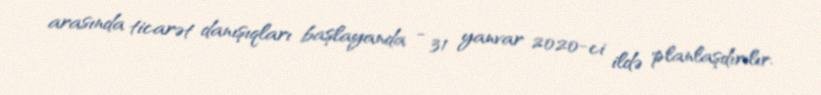
arasında ticarət danışıqları başlayanda - 31 yanvar 2020-ci ildə planlaşdırılır.